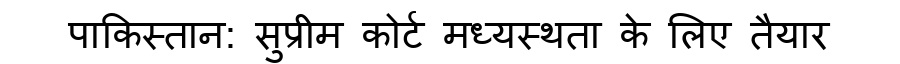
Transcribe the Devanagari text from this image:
पाकिस्तान: सुप्रीम कोर्ट मध्यस्थता के लिए तैयार